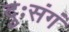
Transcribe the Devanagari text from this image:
दुःसंगं